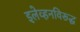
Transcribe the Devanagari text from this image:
इलेव्हनविरूद्ध